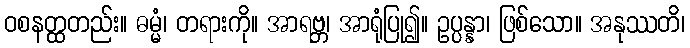
ဝစနတ္ထတည်း။ ဓမ္မံ၊ တရားကို။ အာရဗ္ဘ၊ အာရုံပြု၍။ ဥပ္ပန္နာ၊ ဖြစ်သော။ အနုဿတိ၊